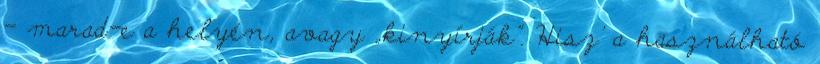
– marad-e a helyén, avagy „ki­nyír­ják”. Hisz’ a használható